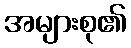
အများစု၏